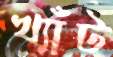
খ্যাঁট